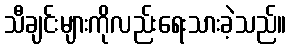
သီချင်းများကိုလည်းရေးသားခဲ့သည်။